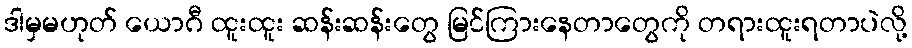
ဒါမှမဟုတ် ယောဂီ ထူးထူး ဆန်းဆန်းတွေ မြင်ကြားနေတာတွေကို တရားထူးရတာပဲလို့